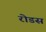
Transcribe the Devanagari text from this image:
रोडस